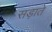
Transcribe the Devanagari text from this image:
सड़ाते